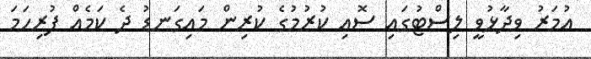
އުމަރު ވިދާޅުވީ ލިސްޓުގައި ސޮއި ކުރުމުގެ ކުރިން މައިގަނޑު ދެ ކަމެއް ފުރިހަމަ